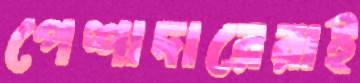
পেশাদারেরাই